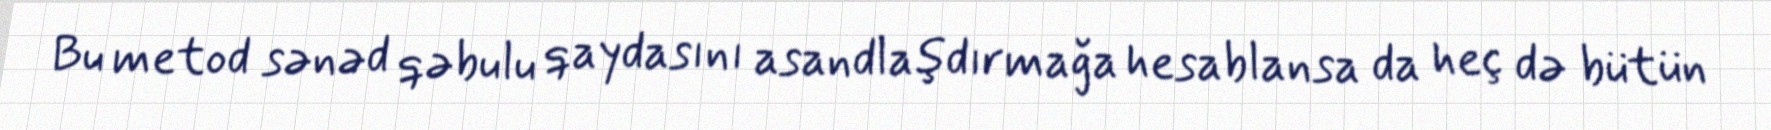
Bu metod sənəd qəbulu qaydasını asandlaşdırmağa hesablansa da heç də bütün